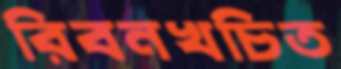
রিবনখচিত